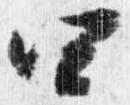
四